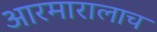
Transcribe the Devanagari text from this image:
आरमारालाच